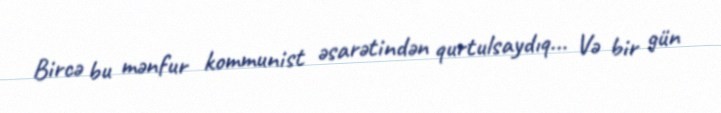
Bircə bu mənfur kommunist əsarətindən qurtulsaydıq... Və bir gün